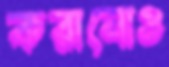
করানোও